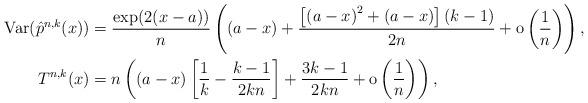
LaTeX: \begin{align*}\mathrm{Var}(\hat{p}^{n,k}(x))&=\frac{\exp(2(x-a))}{n}\left((a-x)+\frac{\left[\left(a-x\right)^2+(a-x)\right](k-1)}{2n}+{\rm o}\left(\frac{1}{n}\right)\right), \\T^{n,k}(x)&=n\left((a-x)\left[\frac{1}{k}-\frac{k-1}{2kn}\right]+\frac{3k-1}{2kn}+{\rm o}\left(\frac{1}{n}\right)\right),\end{align*}